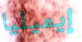
إيميليا